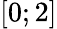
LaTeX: \left[0;2\right]